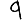
Digit: 9